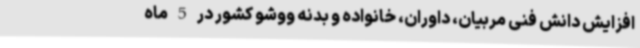
افزایش دانش فنی مربیان، داوران، خانواده و بدنه ووشو کشور در 5 ماه